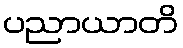
ပညာယာတိ